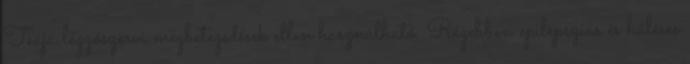
Teája légzőszervi megbetegedések ellen használható. Régebben epilepsziás és hűléses